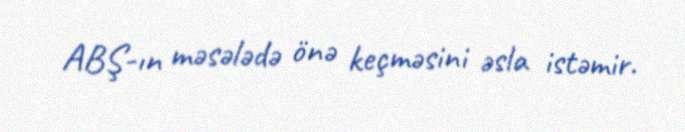
ABŞ-ın məsələdə önə keçməsini əsla istəmir.